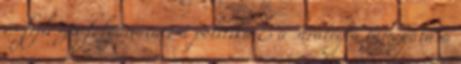
és fejleszti folyamatait a politika és a stratégia támogatása